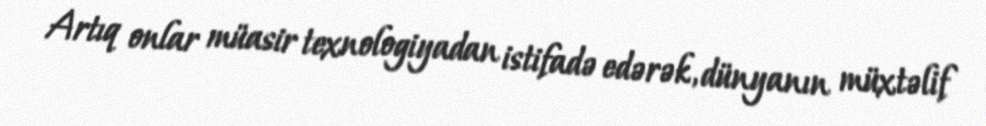
Artıq onlar müasir texnologiyadan istifadə edərək, dünyanın müxtəlif